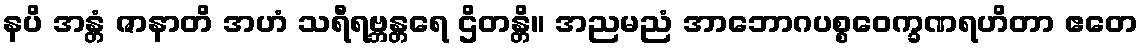
နပိ အန္တံ ဇာနာတိ အဟံ သရီရဗ္ဘန္တရေ ဌိတန္တိ။ အညမညံ အာဘောဂပစ္စဝေက္ခဏရဟိတာ ဧတေ